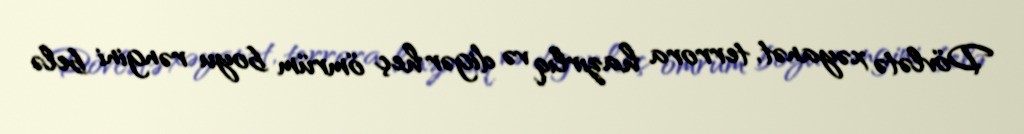
Dövlətə xəyanət, terrora hazırlıq və digər heç ömrüm boyu rəngini belə